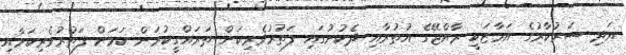
އަދި ސަރުކާރުގެ އަމާޒަކީ ރާއްޖޭގެ އުތުރާއި ދެކުނުގައި ފަތުރުވެރިކަން ތަރައްގީކުުރަން ކަމަށް ފަތުރުވެރިކަމާއި